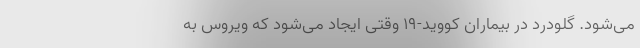
می‌شود. گلودرد در بیماران کووید-۱۹ وقتی ایجاد می‌شود که ویروس به